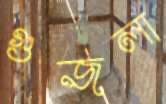
গুজলা